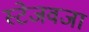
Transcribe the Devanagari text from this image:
स्टेजवजा